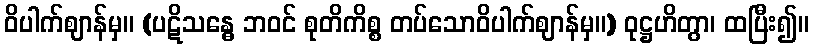
ဝိပါက်ဈာန်မှ။ (ပဋိသန္ဓေ ဘဝင် စုတိကိစ္စ တပ်သောဝိပါက်ဈာန်မှ။) ဝုဋ္ဌဟိတွာ၊ ထပြီး၍။